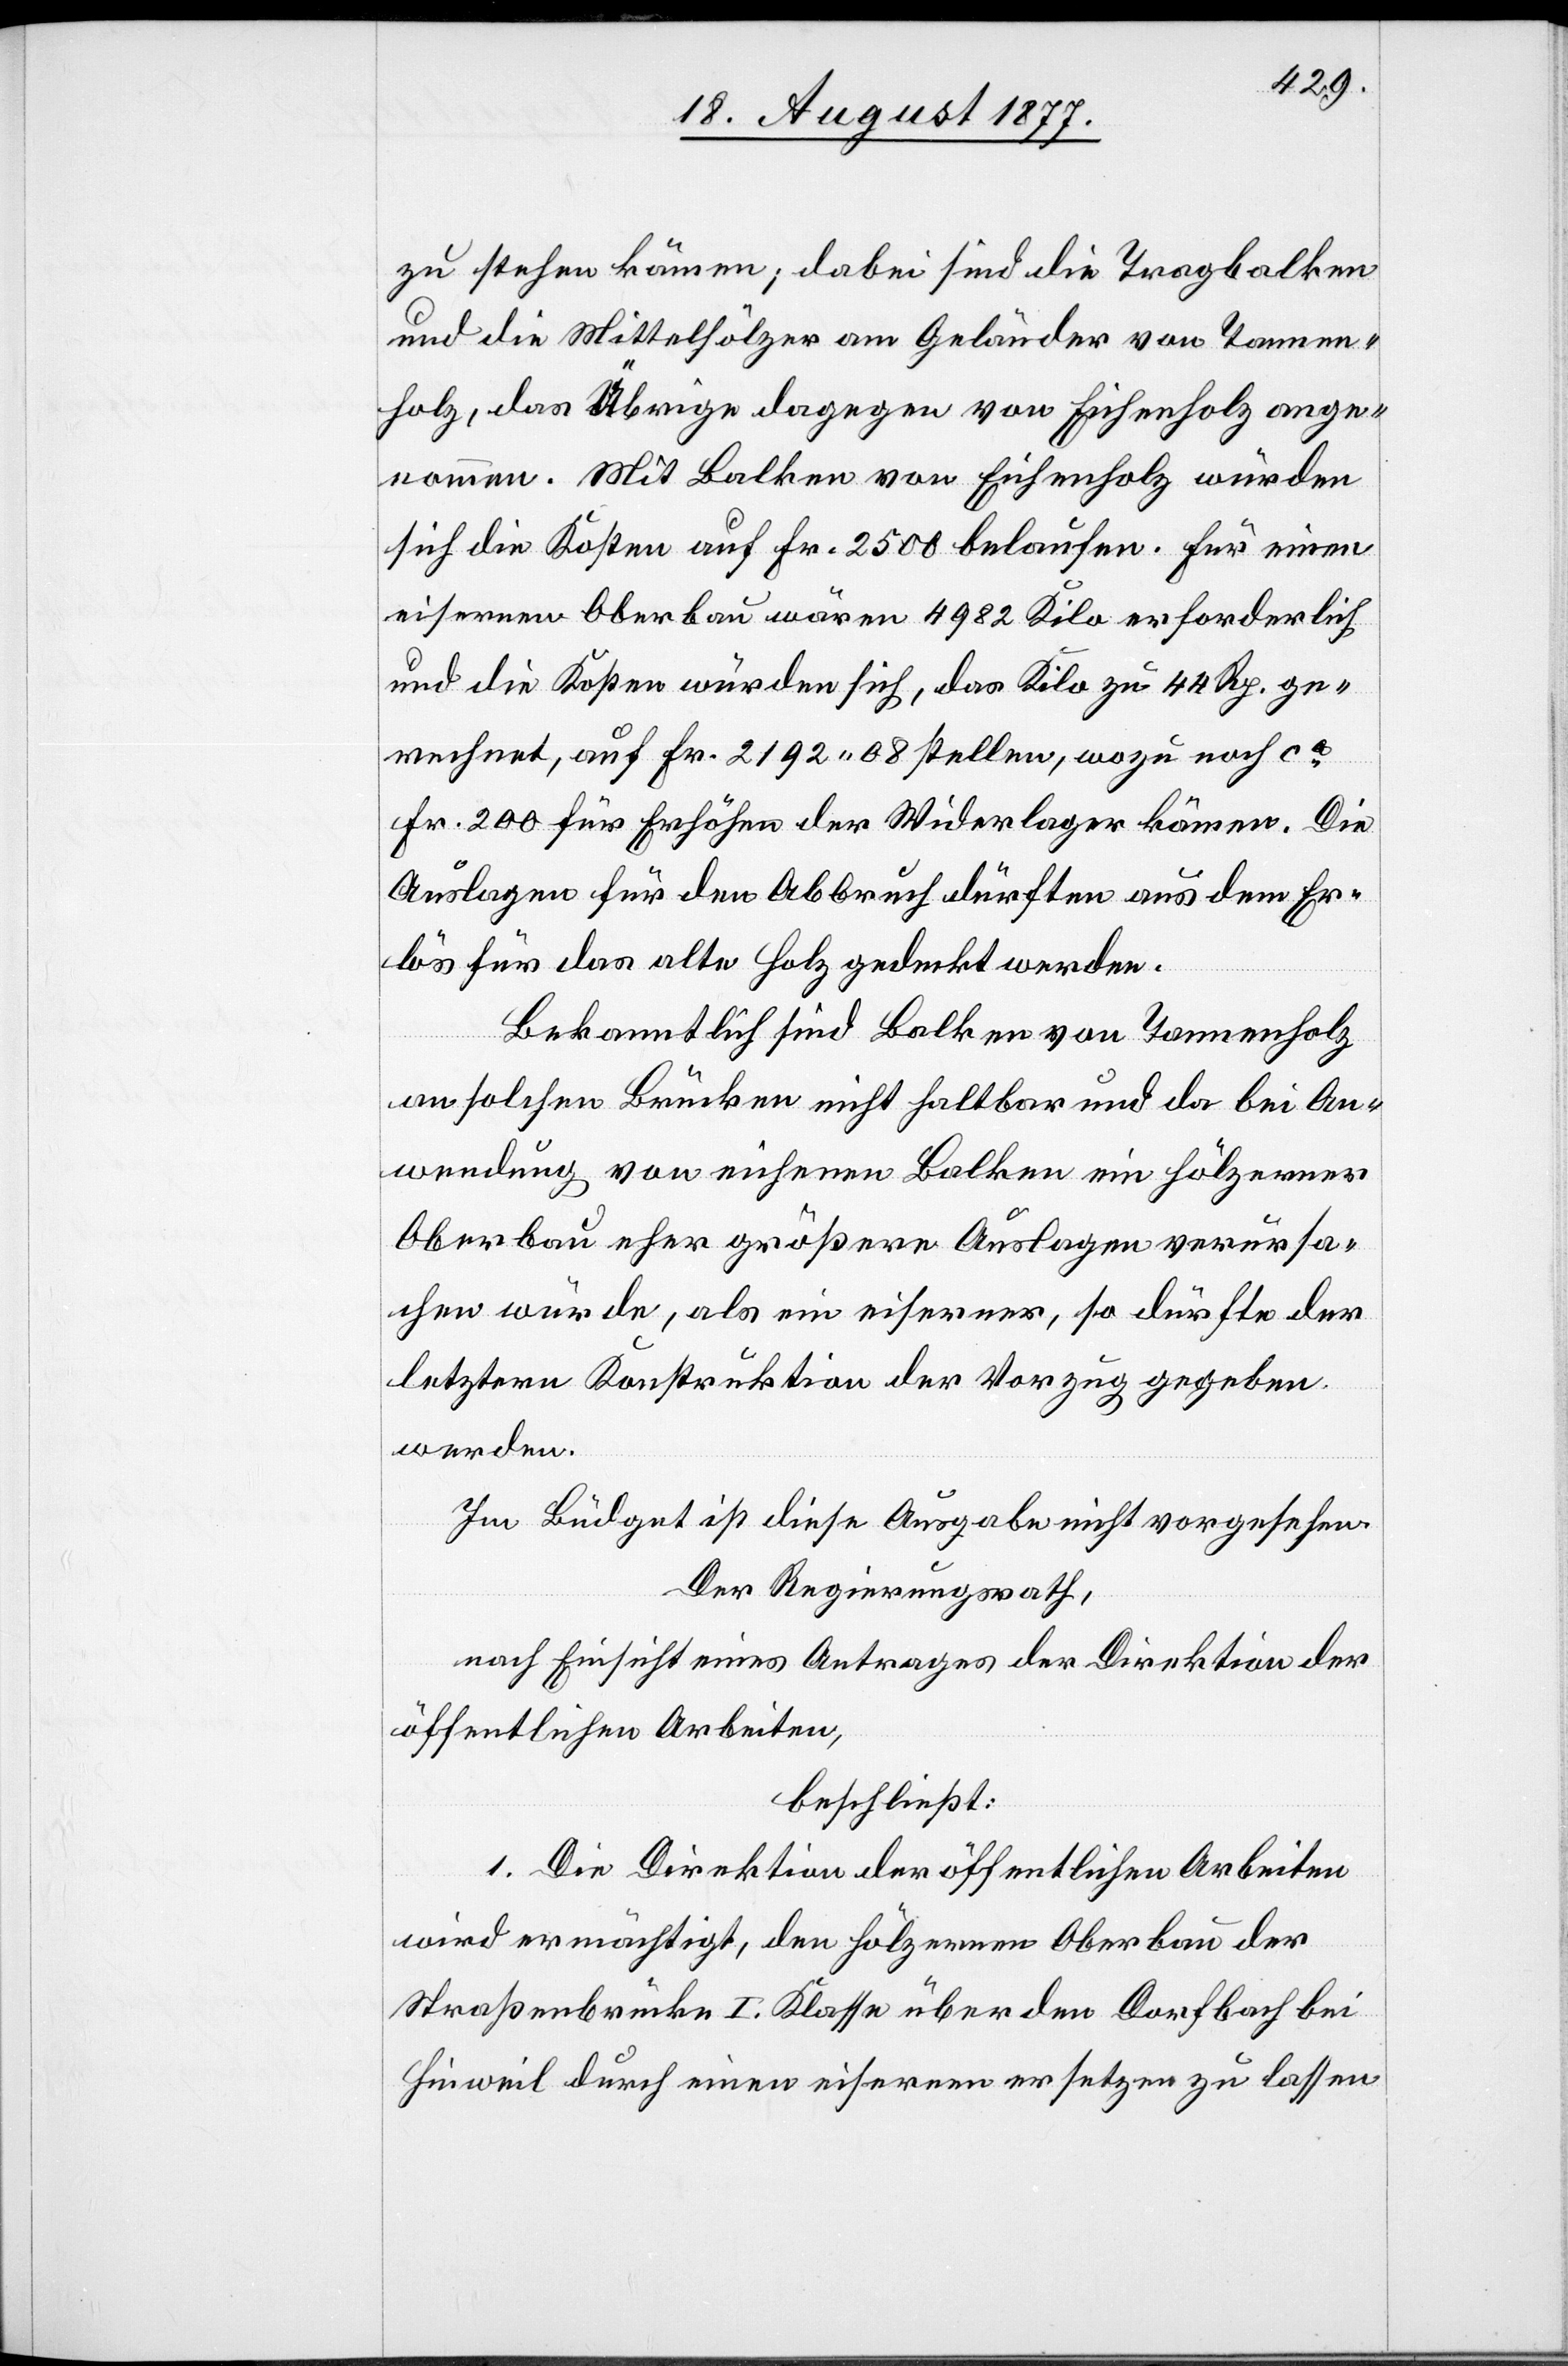
zu stehen kämen; dabei sind die Tragbalken
und die Mittelhölzer am Geländer von Tannen¬
holz, das Übrige dagegen von Eichenholz ange¬
nommen. Mit Balken von Eichenholz würden
sich die Kosten auf Fr. 2500 belaufen. Für einen
eisernen Oberbau wären 4982 Kilo erforderlich
und die Kosten würden sich, das Kilo zu 44 Rp. ge¬
rechnet, auf Fr. 2192.08 stellen, wozu noch ca
Fr. 200 für Erhöhen der Widerlager kämen. Die
Auslagen für den Abbruch dürften aus dem Er¬
lös für das alte Holz gedeckt werden.
Bekanntlich sind Balken von Tannenholz
an solchen Brücken nicht haltbar und da bei An¬
wendung von eichenen Balken ein hölzerner
Oberbau eher größere Auslagen verursa¬
chen würde, als ein eiserner, so dürfte der
letztern Konstruktion der Vorzug gegeben
werden.
Im Büdget ist diese Ausgabe nicht vorgesehen.
Der Regierungsrath,
nach Einsicht eines Antrages der Direktion der
öffentlichen Arbeiten,
beschließt:
1. Die Direktion der öffentlichen Arbeiten
wird ermächtigt, den hölzernen Oberbau der
Straßenbrücke I. Klasse über den Dorfbach bei
Hinweil durch einen eisernen ersetzen zu lassen